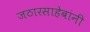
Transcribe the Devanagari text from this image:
जठारसाहेबांनी